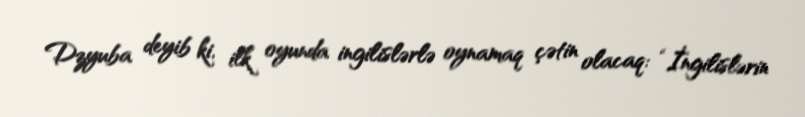
Dzyuba deyib ki, ilk oyunda ingilislərlə oynamaq çətin olacaq: “İngilislərin